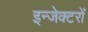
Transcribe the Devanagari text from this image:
इन्जेक्टरों